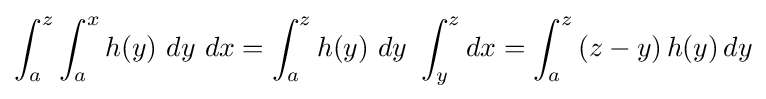
\int _{a}^{z}\int _{a}^{x}h(y)\ dy\ dx=\int _{a}^{z}h(y)\ dy\ \int _{y}^{z}dx=\int _{a}^{z}\left(z-y\right)h(y)\,dy